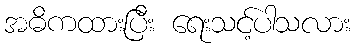
အဓိကထားပြီး ရေးသင့်ပါသလား